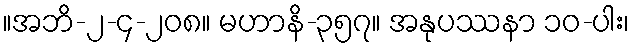
။အဘိ-၂-၄-၂၀၈။ မဟာနိ-၃၅၇။ အနုပဿနာ ၁၀-ပါး၊